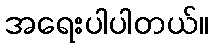
အရေးပါပါတယ်။